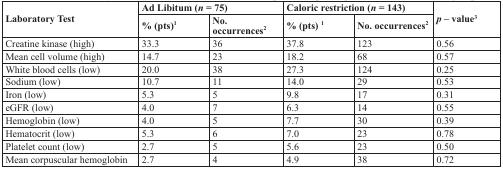
| <ROWSPAN=2> Laboratory Test | <COLSPAN=2> Ad Libitum (n = 75) | <COLSPAN=2> Caloric restriction (n = 143) | <ROWSPAN=2> p-value3 |
 | % (pts)1 | No. occurrences2 | % (pts)1 | No. occurrences2 |
 | --- | --- | --- | --- | --- | --- |
 | Creatine kinase (high) | 33.3 | 36 | 37.8 | 123 | 0.56 |
 | Mean cell volume (high) | 14.7 | 23 | 18.2 | 68 | 0.57 |
 | White blood cells (low) | 20.0 | 38 | 27.3 | 124 | 0.25 |
 | Sodium (low) | 10.7 | 11 | 14.0 | 29 | 0.53 |
 | Iron (low) | 5.3 | 5 | 9.8 | 17 | 0.31 |
 | eGFR (low) | 4.0 | 7 | 6.3 | 14 | 0.55 |
 | Hemoglobin (low) | 4.0 | 5 | 7.7 | 30 | 0.39 |
 | Hematocrit (low) | 5.3 | 6 | 7.0 | 23 | 0.78 |
 | Platelet count (low) | 2.7 | 5 | 5.6 | 23 | 0.50 |
 | Mean corpuscular hemoglobin | 2.7 | 4 | 4.9 | 38 | 0.72 |